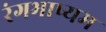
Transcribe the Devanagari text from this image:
रंगभाष्यम